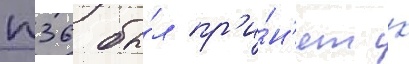
п36 бы́л пр'и́н'ят к